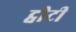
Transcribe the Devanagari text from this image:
ट्वीटी